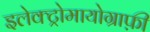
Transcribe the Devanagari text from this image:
इलेक्ट्रोमायोग्राफ़ी